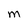
Character: M